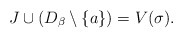
\begin{align*}J\cup(D_{\beta}\setminus\{a\})=V(\sigma).\end{align*}